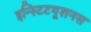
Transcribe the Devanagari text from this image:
इन्स्टिटयूशनस